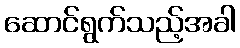
ဆောင်ရွက်သည့်အခါ